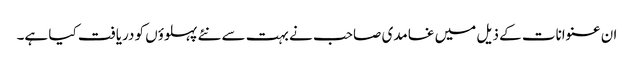
ان عنوانات کے ذیل میں غامدی صاحب نے بہت سے نئے پہلوؤں کو دریافت کیا ہے۔